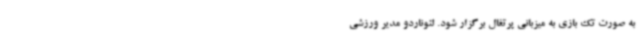
به صورت تک بازی به میزبانی پرتغال برگزار شود. لئوناردو مدیر ورزشی